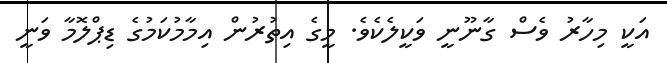
އަކީ މިހާރު ވެސް ގާނޫނީ ވަކީލެކެވެ. މީގެ އިތުރުން އިމާމުކަމުގެ ޑިޕްލޮމާ ވަނީ